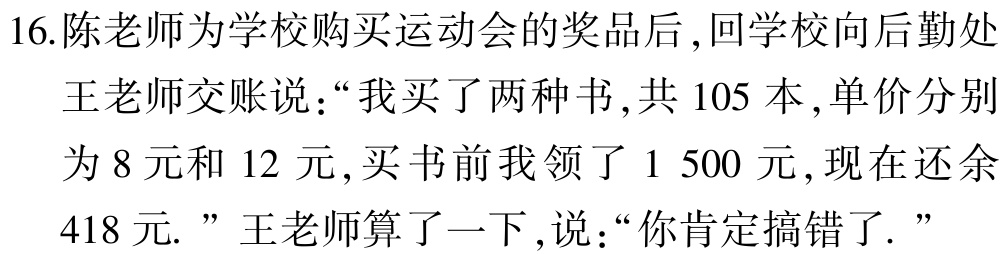
16.陈老师为学校购买运动会的奖品后,回学校向后勤处
王老师交账说:“我买了两种书,共 105 本,单价分别
为 8 元和 12 元,买书前我领了 1 500 元,现在还余
418 元.”王老师算了一下,说:“你肯定搞错了.”